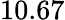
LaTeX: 10.67